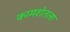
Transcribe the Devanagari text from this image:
कामशेतला